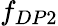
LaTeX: f_{DP2}